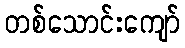
တစ်သောင်းကျော်